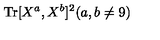
\mathrm { T r } [ X ^ { a } , X ^ { b } ] ^ { 2 } ( a , b \neq 9 )